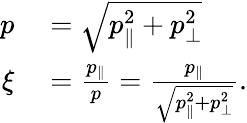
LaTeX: \begin{array}{rl}{p}&{{}=\sqrt{p_{\parallel}^{2}+p_{\perp}^{2}}}\\ {\xi}&{{}=\frac{p_{\parallel}}{p}=\frac{p_{\parallel}}{\sqrt{p_{\parallel}^{2}+p_{\perp}^{2}}}.}\end{array}